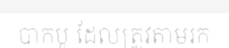
បាកបូ ដែលត្រូវតាមរក